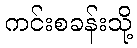
ကင်းစခန်းသို့